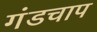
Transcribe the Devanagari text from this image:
गंडचाप